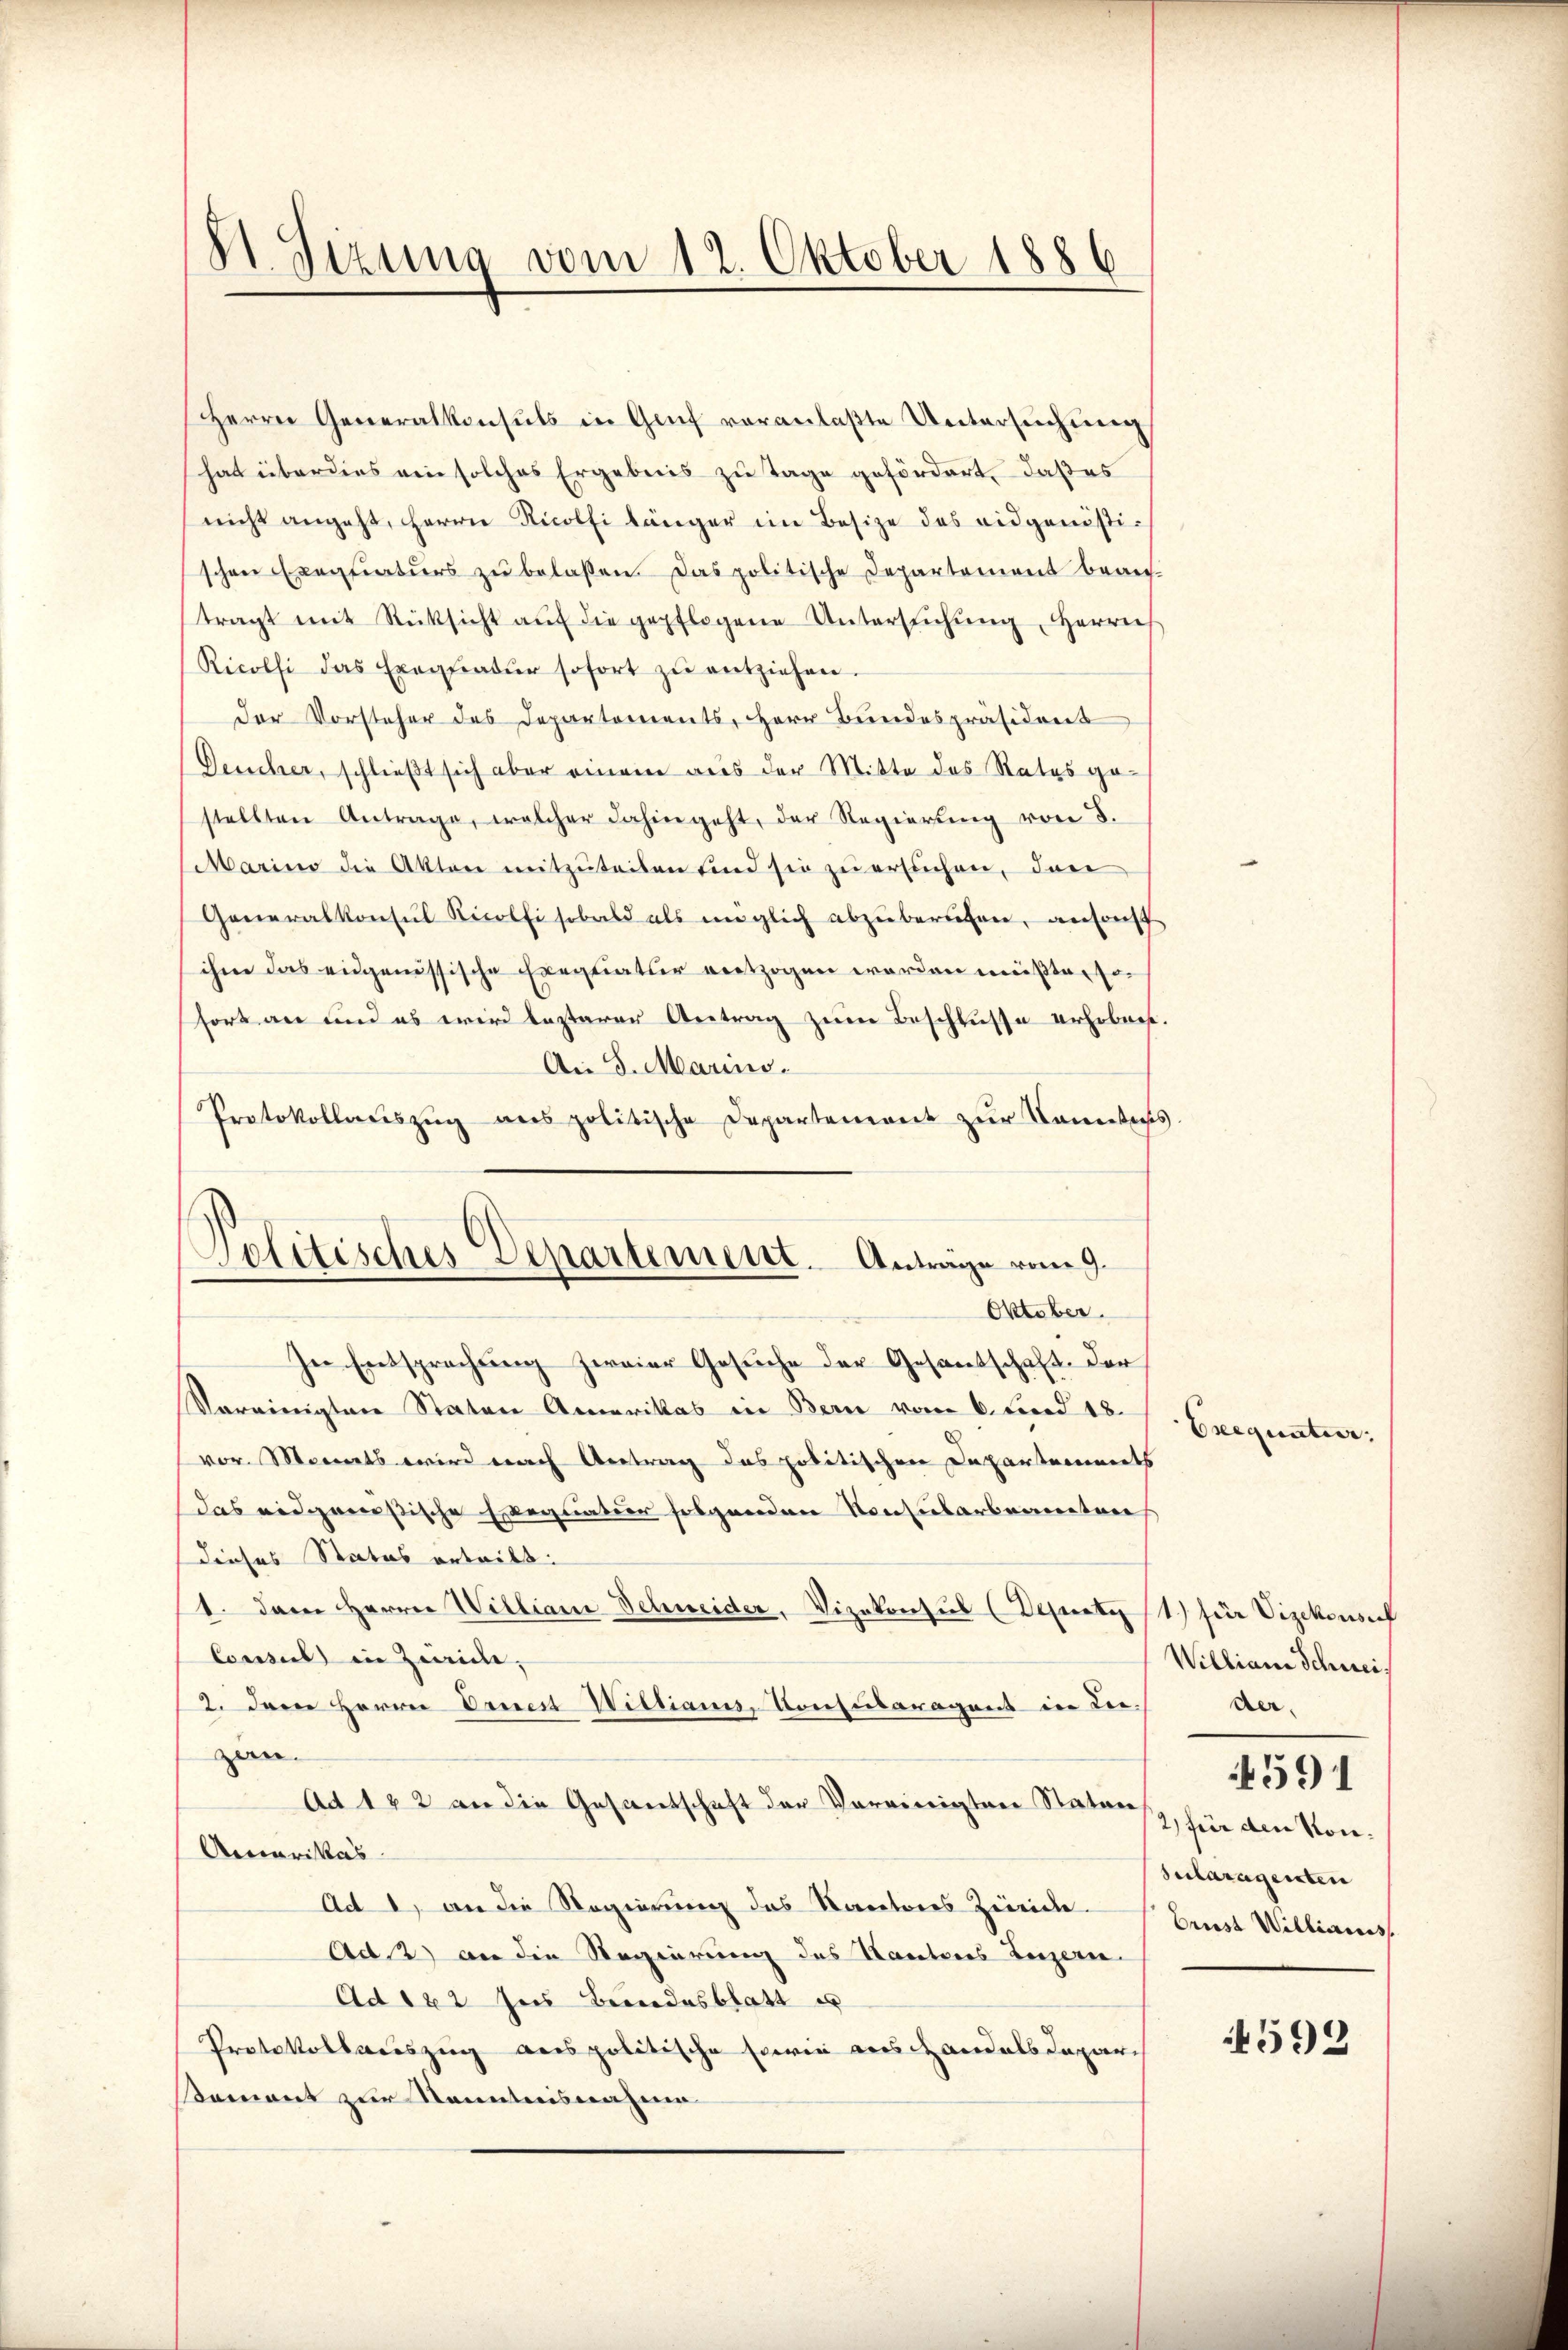
St. Sizung vom 12. Oktober 1886

Herrn Generalkonsuls in Genf veranlaßte Untersuchung
hat überdies ein solches Ergebnis zu Tage gefördert, daß es
nicht angeht, Herrn Nicolfi länger im Besize des eidgenössischen Exequaturs zu belassen. Das politische Departement bean-
tragt mit Rücksicht aŭf die gepflogene Untersŭchŭng, Herrn
Ricolfi das Exequatŭr sofort zŭ entziehen.
Der Vorsteher des Departements, Herr Bundespräsident
Deucher, schließt sich aber einem aus der Mitte des Rates gestellten Antrage, welcher dahingeht, der Regierŭng von 5.
Marino die Akten mitzuteilen sind sie zu ersuchen, das
Generalkonsul Ricolfi sobald als möglich abzuberufen, ansonst
ihm das eidgenössische Freqtiatur entzogen worden müßte, so
fort an und es wird lezterer Antrag zum Beschlusse erhobnet.
An 5. Marins.
Protokollauszug aus politische Departement zur Comtess
In Entsprechung zweier Gesuche der Gesantschaft. Der
Vereinigten Staten Amerikas in Bern vom 6. Fund 18.
vor. Monats wird nach Antrag das politischen Departements
das eidgenößische Exequatur folgenden Konsularbeamten
dieses Status orteilt.
1. dem Herrn Williani Schweider, Vizekonsul (Dantest für Vizekonserf
Consul in Zweide,
2. Dem Herrn Dries Wistiani, Konsularagent in der
zen.
Ad 142 an die Gesantschaft der Vereinigten Staten
Amerikas
Ad 1) an die Regierung des Kantores Zweide.
Ad 2) an die Regierung des Kantons Luzern.
Ad 122 zur Bundesblatt es
Protokollauszug aus politische sowie aushandels Depar
Sament zur Kenntnisnahme

Politisches Departement. Anträge vom 9.
Oktober.

Exequatur.

Willian Schwei
der.
2) für den Kon¬
Sulazagenten
Brust Willianis

591

592